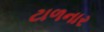
ટાળનાર